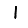
Digit: 1